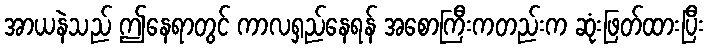
အာယနဲသည် ဤနေရာတွင် ကာလရှည်နေရန် အစောကြီးကတည်းက ဆုံးဖြတ်ထားပြီး